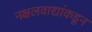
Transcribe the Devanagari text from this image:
नक्षलवाद्यांकडून